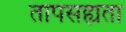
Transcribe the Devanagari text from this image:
तापसह्यता